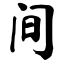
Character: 间